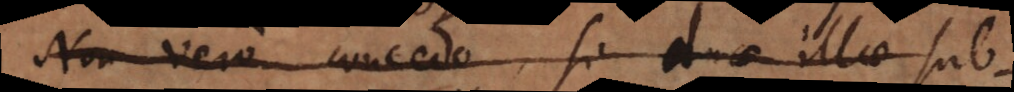
Non vero concedo, si duae illae sub